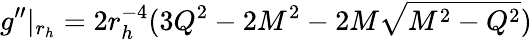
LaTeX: g^{\prime\prime}|_{r_{h}}=2r_{h}^{-4}(3Q^{2}-2M^{2}-2M\sqrt{M^{2}-Q^{2}})